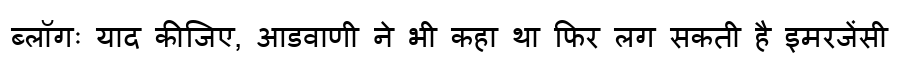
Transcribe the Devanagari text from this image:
ब्लॉगः याद कीजिए, आडवाणी ने भी कहा था फिर लग सकती है इमरजेंसी